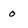
Character: 0